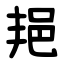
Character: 邫